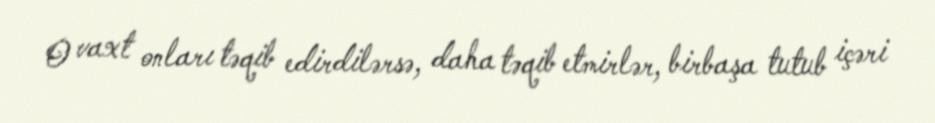
O vaxt onları təqib edirdilərsə, daha təqib etmirlər, birbaşa tutub içəri